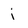
Character: i